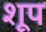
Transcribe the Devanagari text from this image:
शूप